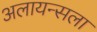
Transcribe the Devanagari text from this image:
अलायन्सला